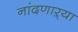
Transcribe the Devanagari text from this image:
नांदणाऱ्या